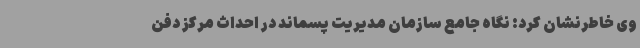
وی خاطرنشان کرد: نگاه جامع سازمان مدیریت پسماند در احداث مرکز دفن